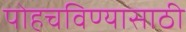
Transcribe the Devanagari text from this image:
पोहचविण्यासाठी